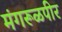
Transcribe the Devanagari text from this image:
मंगरूळपीर